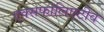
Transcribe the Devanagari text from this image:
एक्सफोलिएटीव